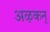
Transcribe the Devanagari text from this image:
अऴकन्